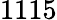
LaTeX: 1115